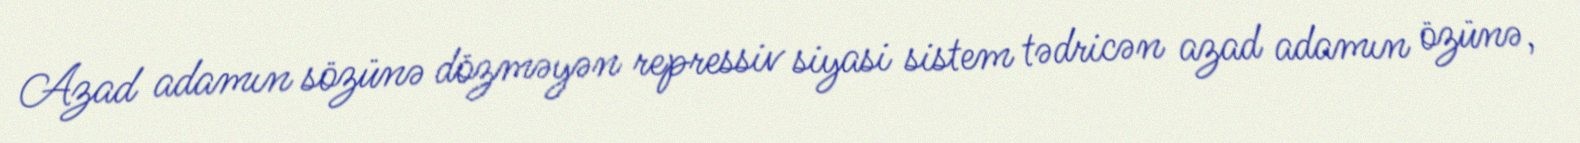
Azad adamın sözünə dözməyən repressiv siyasi sistem tədricən azad adamın özünə,